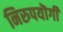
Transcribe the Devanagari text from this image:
निरुपयॊगी